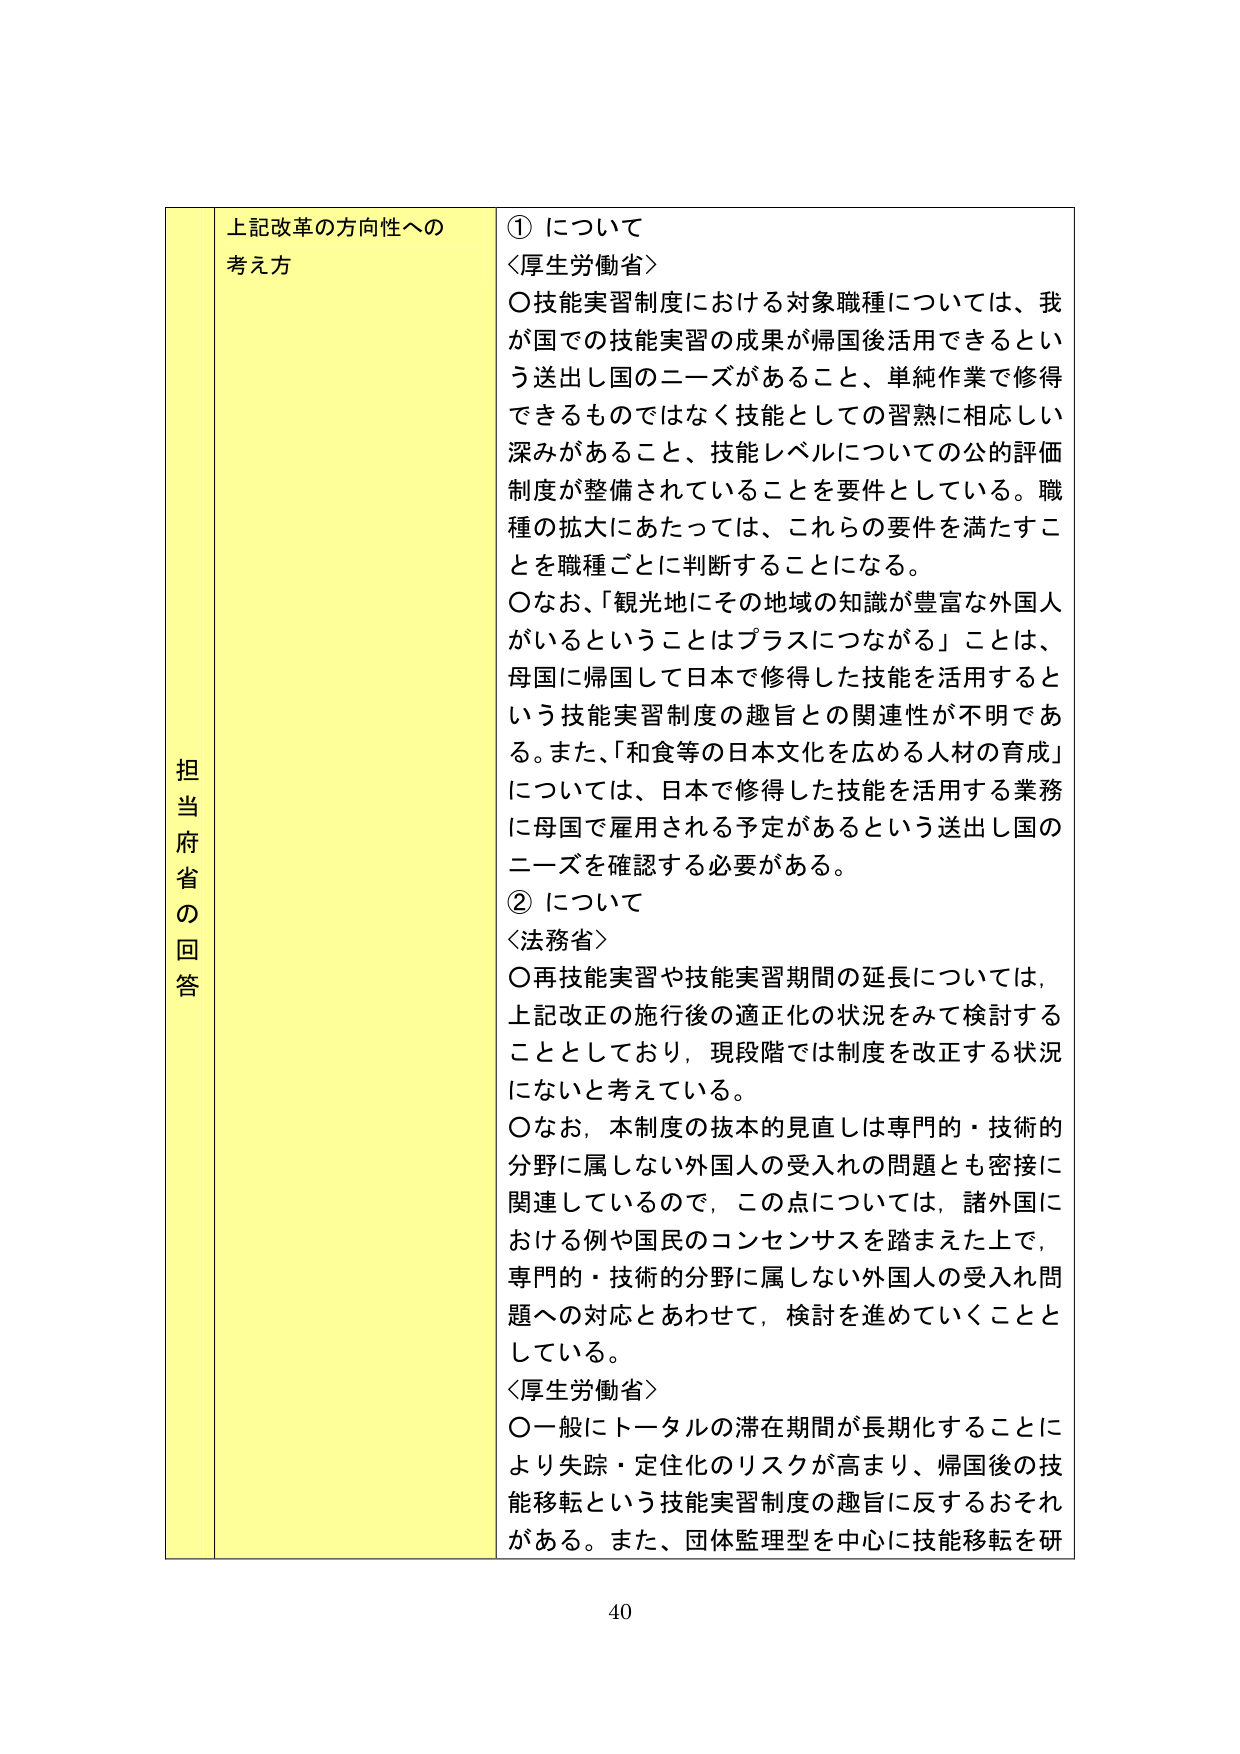
担当府省の回答

上記改革の方向性への考え方

① について
＜厚生労働省＞
〇技能実習制度における対象職種については、我が国での技能実習の成果が帰国後活用できるという送出し国のニーズがあること、単純作業で修得できるものではなく技能としての習熟に相応しい深みがあること、技能レベルについての公的評価制度が整備されていることを要件としている。職種の拡大にあたっては、これらの要件を満たすことを職種ごとに判断することになる。
〇なお、「観光地にその地域の知識が豊富な外国人がいるということはプラスにつながる」ことは、母国に帰国して日本で修得した技能を活用するという技能実習制度の趣旨との関連性が不明である。また、「和食等の日本文化を広める人材の育成」については、日本で修得した技能を活用する業務に母国で雇用される予定があるという送出し国のニーズを確認する必要がある。

② について
＜法務省＞
〇再技能実習や技能実習期間の延長については、上記改正の施行後の適正化の状況をみて検討することとしており、現段階では制度を改正する状況にはないと考えている。
〇なお、本制度の抜本的見直しは専門的・技術的分野に属しない外国人の受入れの問題とも密接に関連しているので、この点については、諸外国における例や国民のコンセンサスを踏まえた上で、専門的・技術的分野に属しない外国人の受入れ問題への対応とあわせて、検討を進めていくこととしている。
＜厚生労働省＞
〇一般にトータルの滞在期間が長期化することにより失踪・定住化のリスクが高まり、帰国後の技能移転という技能実習制度の趣旨に反するおそれがある。また、団体監理型を中心に技能移転を研

40